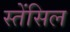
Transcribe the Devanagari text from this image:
स्तेंसिल